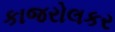
કાજરોલકર